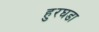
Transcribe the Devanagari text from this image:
हुरघडा